Vaccination in Bombay 1889-1901 - 1889-1901
Year: 1889
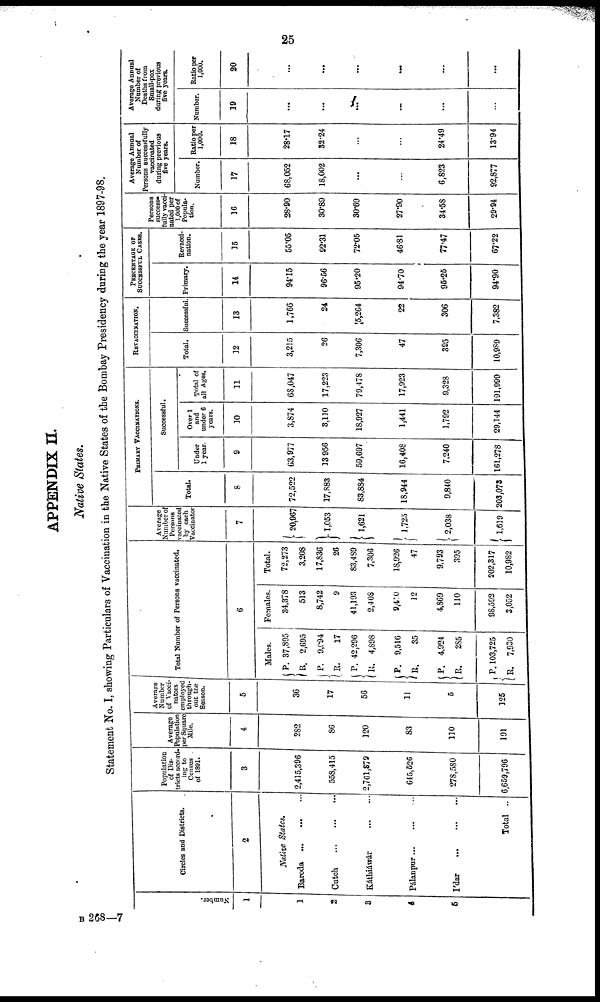
25
APPENDIX II.
Native States.
Statement No. I, showing Particulars of Vaccination in the Native States of the Bombay Presidency during the year 1897-98.
Number.
1
1
2
3
4
5
Circles and Districts.
2
Native States.
Baroda ... ... ...
Cutch
...
...
...
Káthiáwár
...
...
Pálanpur
...
...
I'dar
...
...
...
Total ..
Population
of Dis-
tricts accord¬
ing to
Census
of 1891.
3
2,415,396
558,415
2,761,879
615,626
278,580
6,659,796
Average
Population
per Square
Mile.
4
282
86
120
83
110
191
Average
Number
of Vacci¬
nators
employed
through¬
out the
Season.
5
36
17
56
11
5
125
Total Number of Persons vaccinated.
6
Males.
P.
R.
P.
R.
P. R.
P. R.
P.
R.
P.
R.
37,895
2,695
9,094
17
42,296
4,898
9,516
35
4,924
285
103,725
7,930
Females.
34,378
513
8,742
9
41,193
2,408
9,410
12
4,869
110
98,592
3,052
Total.
72,273
3,208
17,836
26
83,489
7,306
18,926
47
9,793
395
202,317
10,982
Average
Number of
Persons
vaccinated
by each
Vaccinator
7
20,967
1,053
1,621
1,725
2,038
1,619
PRIMARY VACCINATIONS.
Total.
8
72,522
17,883
83,884
18,944
9,840
203,073
Successful.
Under
1 year.
9
63,977
13,956
59,697
16,408
7,240
161,278
Over 1
and
under 6
years.
10
3,874
3,110
18,927
1,441
1,792
29,144
Total of
all Ages.
11
68,047
17,223
79,478
17,923
9,328
191,999
REVACCINATION.
Total.
12
3,215
26
7,306
47
395
10,989
Successful.
13
1,766
24
5,264
22
306
7,382
PERCENTAGE OF
SUCCESSFUL CASES.
Primary.
14
94.15
96.56
95.20
94.70
95.25
94.90
Revacci¬
nation.
15
55.05
92.31
72.05
46.81
77.47
67.22
Persons
success¬
fully vacci¬
nated per
1,000 of
Popula-
tion.
16
28.90
30.89
30.69
27.90
34.58
29.94
Average Annual
Number of
Persons successfully
vaccinated
during previous
five years.
Number
17
68,052
18,002
...
...
6,823
92,877
Ratio per
1,000.
18
28.17
32.24
...
...
24.49
13.94
Average Annual
Number of
Deaths from
Small-pox
during previous
five years.
Number.
19
...
...
...
...
...
...
Ratio per
1,000.
20
...
...
...
...
...
...
B 268—7